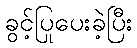
ခွင့်ပြုပေးခဲ့ပြီး